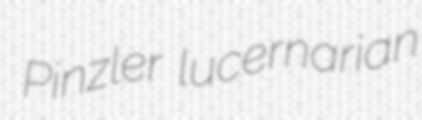
Pinzler lucernarian